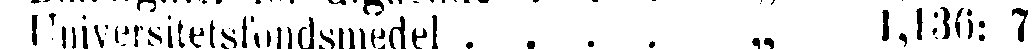
Universitetsfondsmedel . . . . „ 1,136: 7